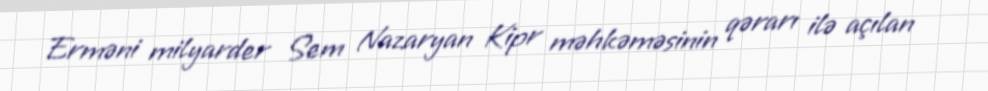
Erməni milyarder Sem Nazaryan Kipr məhkəməsinin qərarı ilə açılan